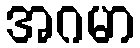
အဂမာ